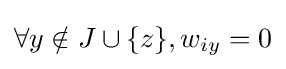
\forall y\notin J\cup \{z\},w_{iy}=0